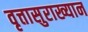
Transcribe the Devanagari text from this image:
वृत्तासुराख्यान